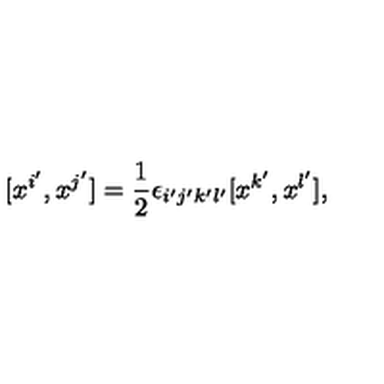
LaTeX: [ x ^ { i ^ { \prime } } , x ^ { j ^ { \prime } } ] = \frac { 1 } { 2 } \epsilon _ { i ^ { \prime } j ^ { \prime } k ^ { \prime } l ^ { \prime } } [ x ^ { k ^ { \prime } } , x ^ { l ^ { \prime } } ] ,